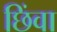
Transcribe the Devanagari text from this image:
छिंवा